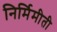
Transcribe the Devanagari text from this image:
निर्मिमीती